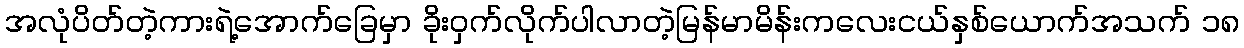
အလုံပိတ်တဲ့ကားရဲ့အောက်ခြေမှာ ခိုးဝှက်လိုက်ပါလာတဲ့မြန်မာမိန်းကလေးငယ်နှစ်ယောက်အသက် ၁၈